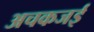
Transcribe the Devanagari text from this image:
अचकजई